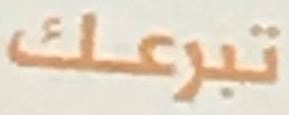
تبرعك